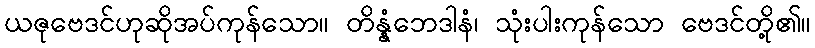
ယဇုဗေဒင်ဟုဆိုအပ်ကုန်သော။ တိန္နံဘေဒါနံ၊ သုံးပါးကုန်သော ဗေဒင်တို့၏။